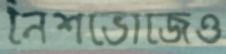
নৈশভোজেও